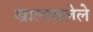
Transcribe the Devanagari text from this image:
खालावलेले